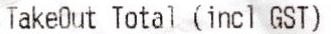
TAKEOUT TOTAL (INCL GST)